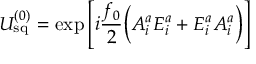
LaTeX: U _ { \mathrm { s q } } ^ { ( 0 ) } = \exp \left[ i { \frac { f _ { 0 } } { 2 } } \Big ( { \cal A } _ { i } ^ { a } { \cal E } _ { i } ^ { a } + { \cal E } _ { i } ^ { a } { \cal A } _ { i } ^ { a } \Big ) \right]